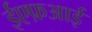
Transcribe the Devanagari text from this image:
ईएफ़आई